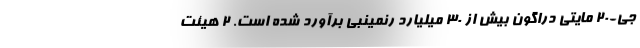
جی-20 مایتی دراگون بیش از 30 میلیارد رنمینبی برآورد شده است. ۲ هیئت